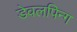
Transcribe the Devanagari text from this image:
डेवलपिन्ग